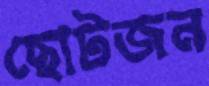
ছোটজন